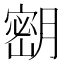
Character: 𫆴